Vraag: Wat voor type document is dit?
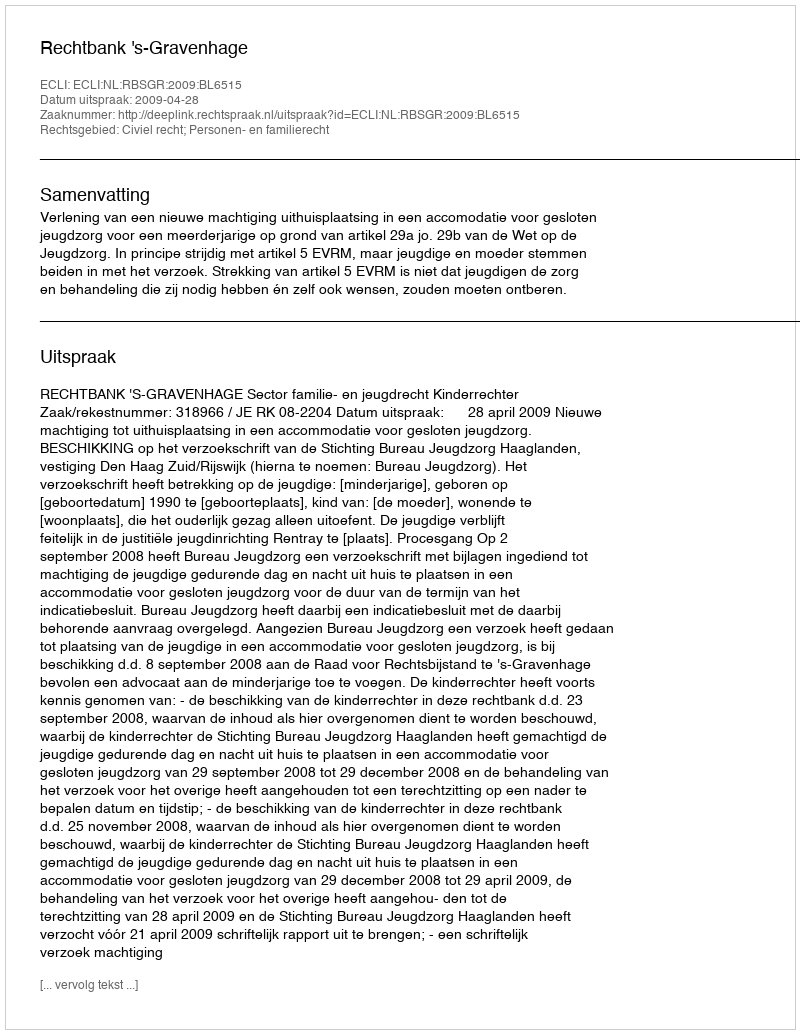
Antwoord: Uitspraak